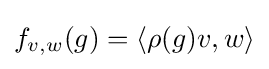
f_{v,w}(g)=\langle \rho (g)v,w\rangle